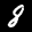
Label: 8